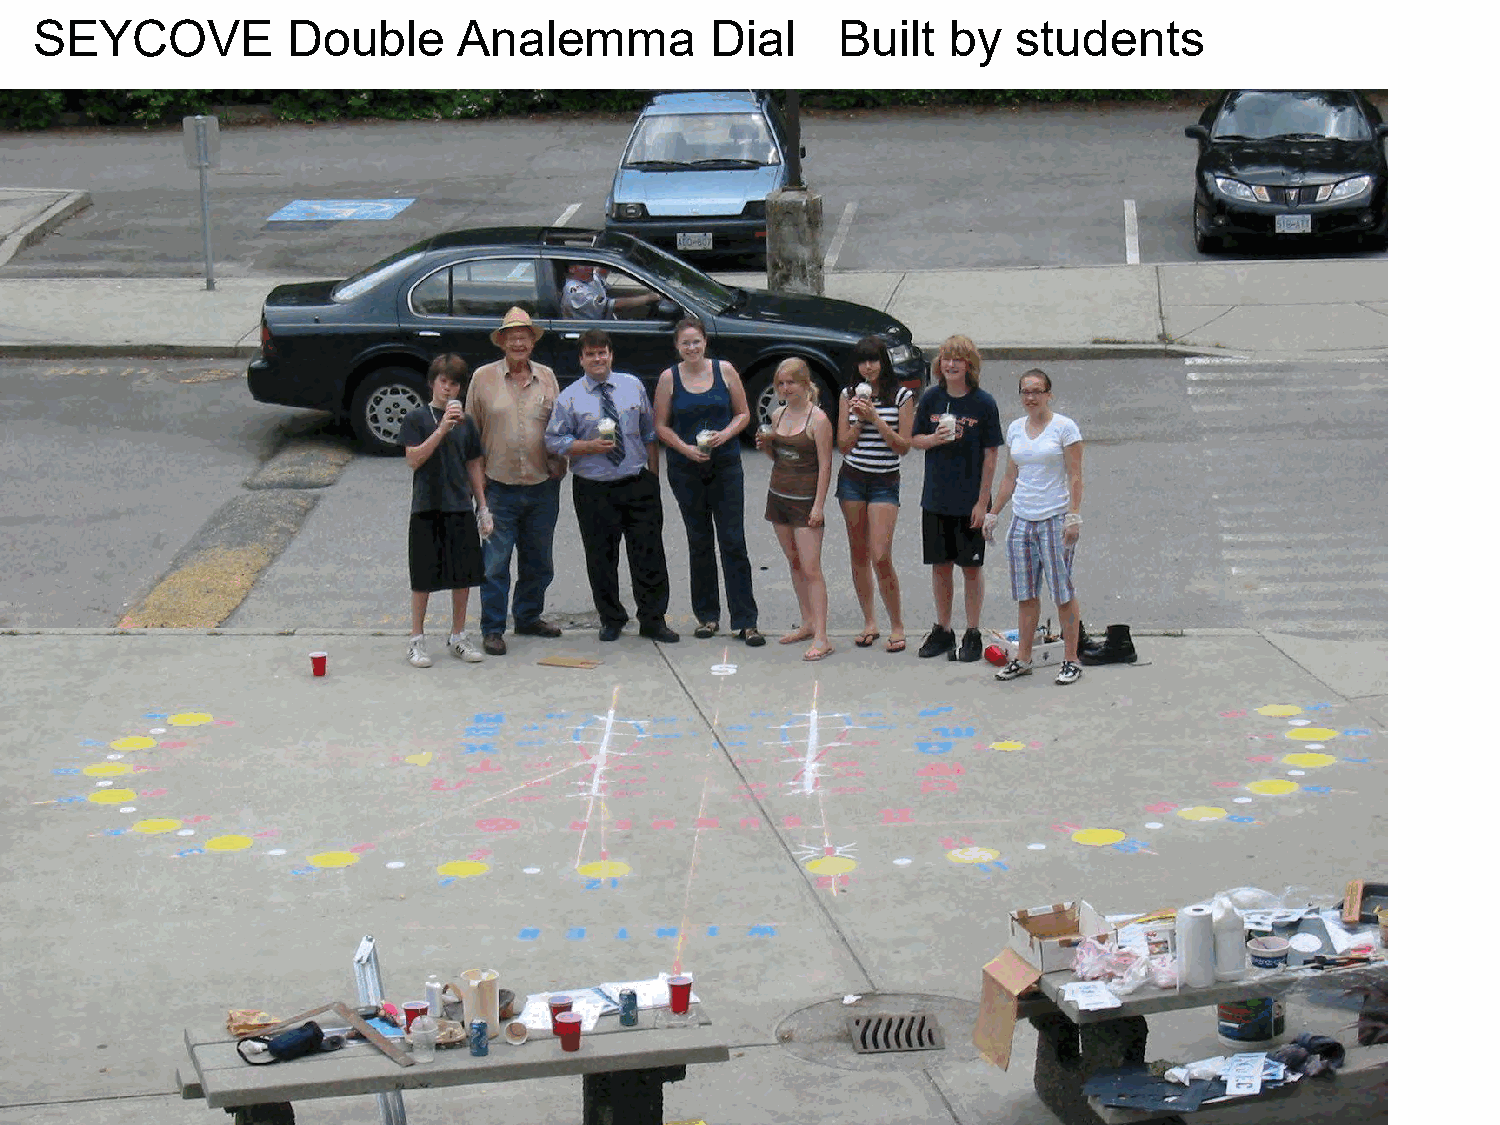
SEYCOVE          Double     Analemma         Dial     Built  by  students